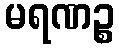
မရဏဉ္စ